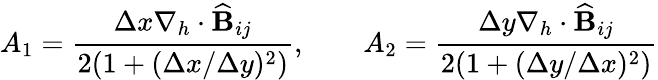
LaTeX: A_{1}=\frac{\Delta x\nabla_{h}\cdot\widehat{\mathbf{B}}_{ij}}{2(1+(\Delta x/\Delta y)^{2})},\qquad A_{2}=\frac{\Delta y\nabla_{h}\cdot\widehat{\mathbf{B}}_{ij}}{2(1+(\Delta y/\Delta x)^{2})}